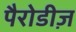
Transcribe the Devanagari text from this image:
पैरोडीज़